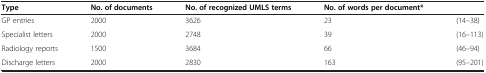
<table><thead><tr><td><b>Type</b></td><td><b>No. of documents</b></td><td><b>No. of recognized UMLS terms</b></td><td><b>No. of words per document*</b></td><td>[EMPTY_CELL]</td></tr></thead><tbody><tr><td>GP entries</td><td>2000</td><td>3626</td><td>23</td><td>(14–38)</td></tr><tr><td>Specialist letters</td><td>2000</td><td>2748</td><td>39</td><td>(16–113)</td></tr><tr><td>Radiology reports</td><td>1500</td><td>3684</td><td>66</td><td>(46–94)</td></tr><tr><td>Discharge letters</td><td>2000</td><td>2830</td><td>163</td><td>(95–201)</td></tr></tbody></table>